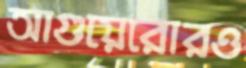
আগুয়েরোরও